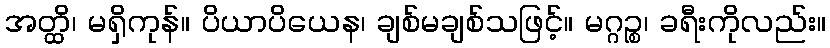
အတ္ထိ၊ မရှိကုန်။ ပိယာပိယေန၊ ချစ်မချစ်သဖြင့်။ မဂ္ဂဉ္စ၊ ခရီးကိုလည်း။